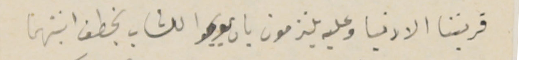
قريتنا الادنيا وعليه يلتزمون بان يوجبوا للشاب بخطف ابنتهما